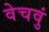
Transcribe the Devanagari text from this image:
वेचवुं